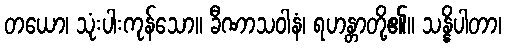
တယော၊ သုံးပါးကုန်သော။ ခီဏာသဝါနံ၊ ရဟန္တာတို့၏။ သန္နိပါတာ၊